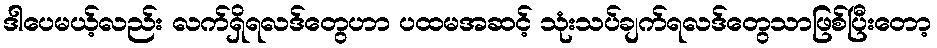
ဒါပေမယ့်လည်း လက်ရှိရလဒ်တွေဟာ ပထမအဆင့် သုံးသပ်ချက်ရလဒ်တွေသာဖြစ်ပြီးတော့